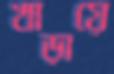
খাড়ায়ে